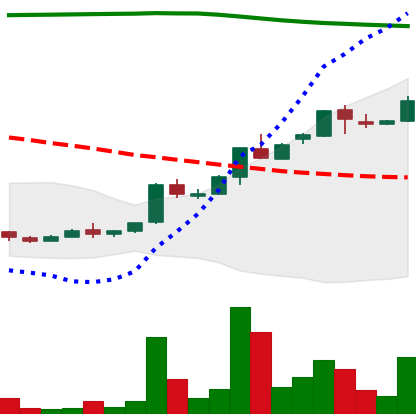
Ticker: ADA-USD
Chart end date: 2018-04-24
Forward return: 16.678%
Label: up_7plus